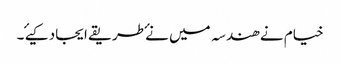
خیام نے ھندسہ میں نۓ طریقے ایجاد کیۓ ۔